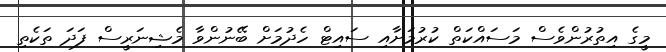
މީގެ އިތުރުންވެސް މަސައްކަތް ކުރުމަށާއި ސައިޓް ހެދުމަށް ބޭނުންވާ މެޝިނަރީސް ފަދަ ތަކެތި